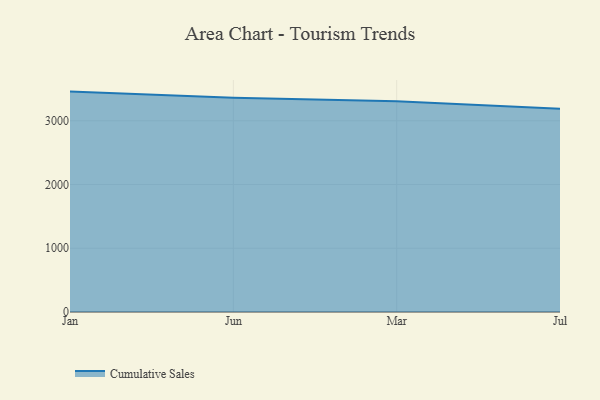
{"axis": {"x": "Month", "y": "Population (Million)"}, "legend": ["Cumulative Sales"], "data": [{"x": "Jan", "y": 3457.9, "type": "Cumulative Sales"}, {"x": "Jun", "y": 3360.2, "type": "Cumulative Sales"}, {"x": "Mar", "y": 3306.7, "type": "Cumulative Sales"}, {"x": "Jul", "y": 3188.7, "type": "Cumulative Sales"}]}